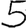
Digit: 5